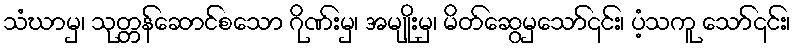
သံဃာမှ၊ သုတ္တန်ဆောင်စသော ဂိုဏ်းမှ၊ အမျိုးမှ၊ မိတ်ဆွေမှသော်၎င်း၊ ပံ့သကူ သော်၎င်း၊